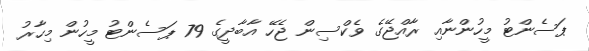
ޕަސެންޓު މީހުންނާއި ރާއްޖޭގެ ވެކްސިން ޖެހޭ އާބާދީގެ 79 ޕަސެންޓު މީހުން މިހާރު